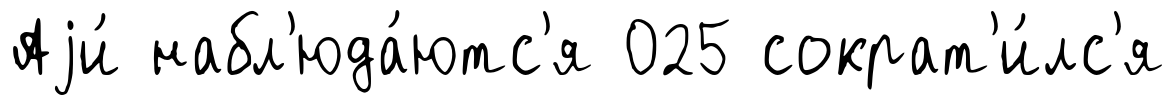
Аjи́ набл'юда́ютс'я 025 сократ'и́лс'я